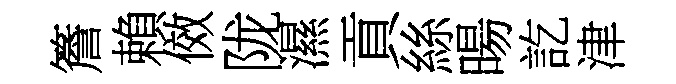
簷賴傚陇濕貢絲暘訖津